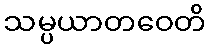
သမ္ပယာတဝေတိ